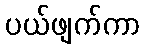
ပယ်ဖျက်ကာ